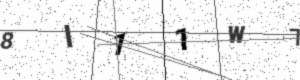
Text: 8I11W7